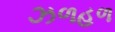
ઝળહળ